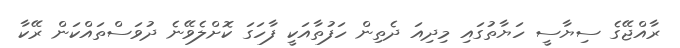
ރާއްޖޭގެ ސިޔާސީ ހަޔާތުގައި މިދިއަ ދެތިން ހަފުތާއަކީ ފާހަގަ ކޮށްލެވޭނެ ދުވަސްތައްކަން ރޭކާ